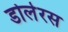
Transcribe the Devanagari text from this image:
डोलेरस